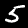
Digit: 5